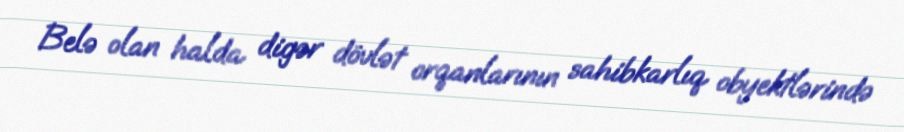
Belə olan halda digər dövlət orqanlarının sahibkarlıq obyektlərində